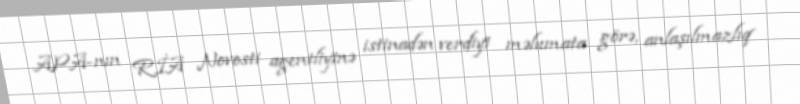
APA-nın RİA Novosti agentliyinə istinadən verdiyi məlumata görə, anlaşılmazlıq